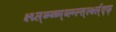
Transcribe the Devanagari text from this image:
क्ष्द्म्ल्ब्म्ब्च्म्ब्ल्म्ल्स्र्ल्क्ष्ल्द्फ्